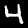
Label: 4